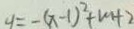
y = - ( x - 1 ) ^ { 2 } + m + 2